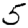
Digit: 5